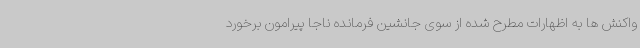
واکنش ها به اظهارات مطرح شده از سوی جانشین فرمانده ناجا پیرامون برخورد